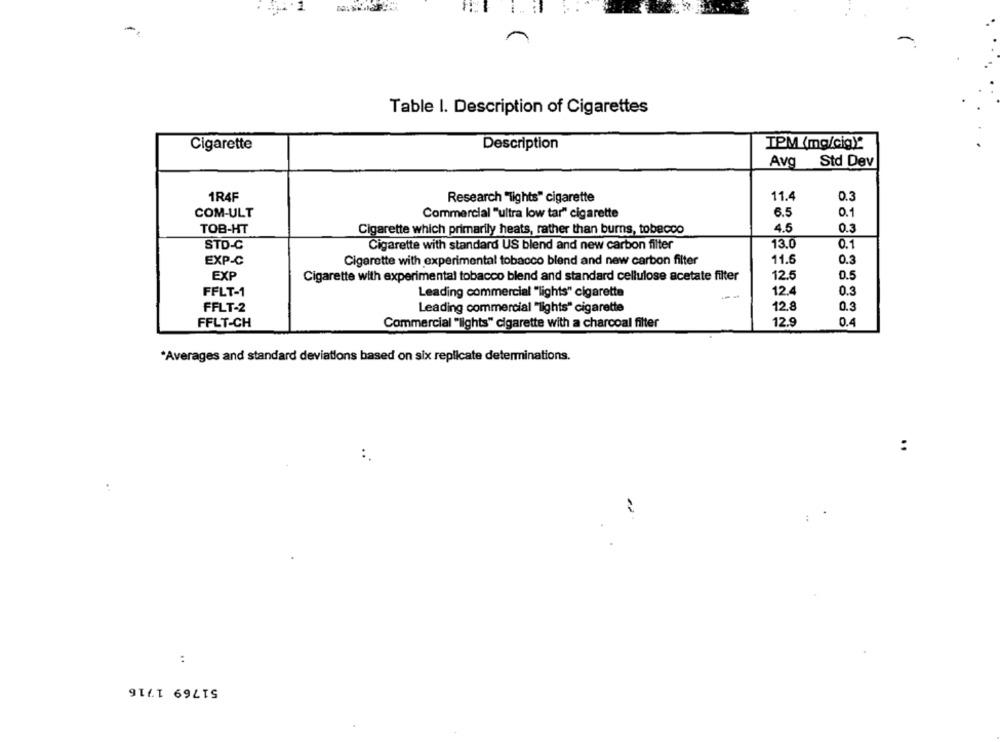
-
Table I. Description of Cigarettes
Cigarette
Description
TPM (mg/cig):
Avg Std Dev
1R4F
Research "Tights" cigarette
11.4
0.3
COM-ULT
Commercial "ultra low tar" cigarette
6.5
0.1
TOB-HT
Cigarette which primarily heats, rather than burns, tobacco
4.5
0.3
13.0
0.1
STD-C
Cigarette with standard US blend and new carbon filter
11.5
0.3
EXP-C
Cigarette with experimental tobacco blend and new carbon filter
12.5
EXP
Cigarette with experimental tobacco blend and standard cellulose acetate filter
0.5
FFLT-1
Leading commercial "lights" cigarette
12.4
0.3
FFLT-2
Leading commercial "lights" cigarette
12,8
0.3
FFLT-CH
Commercial "lights" cigarette with a charcoal filter
12.9
0.4
*Averages and standard deviations based on six replicate determinations.
:
..
:
51769 1716